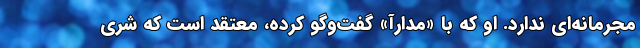
مجرمانه‌ای ندارد. او که با «مدارآ» گفت‌وگو کرده، معتقد است که شری